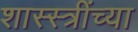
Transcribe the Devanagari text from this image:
शास्स्त्रींच्या